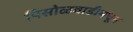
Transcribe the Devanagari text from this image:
पिसोळवाडीमधून